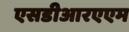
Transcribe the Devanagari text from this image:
एसडीआरएएम